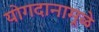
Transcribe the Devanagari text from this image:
योगदानामूळे